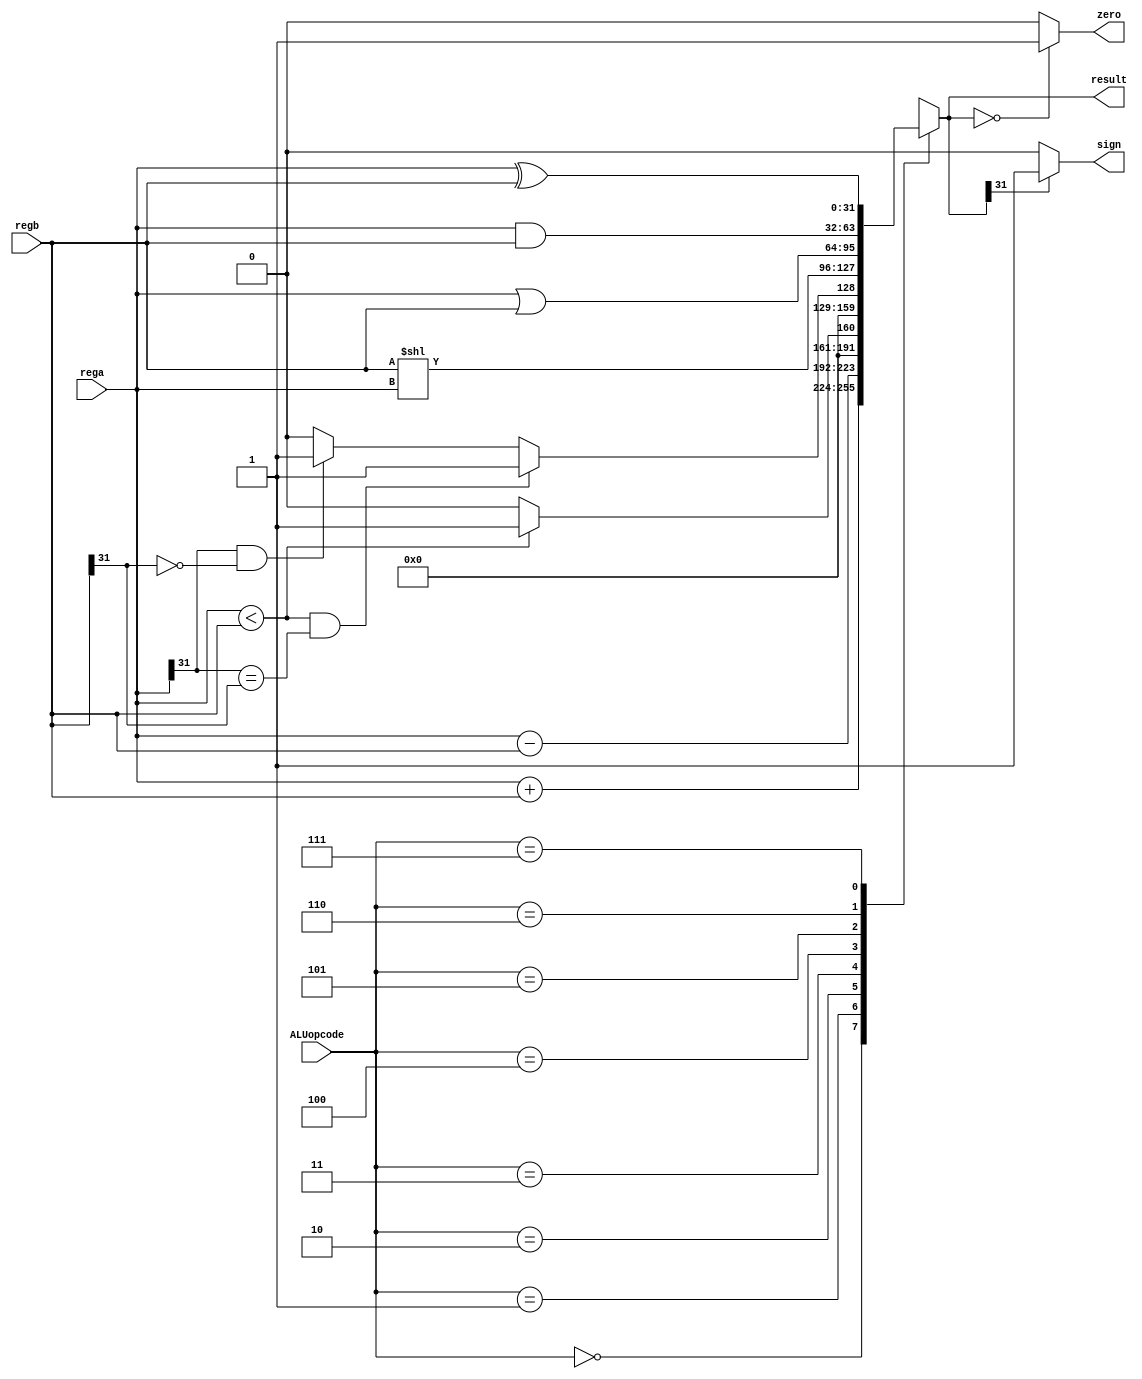
`timescale 1ns / 1ps
//////////////////////////////////////////////////////////////////////////////////
// Company: 
// Engineer: 
// 
// Design Name: 
// Module Name: ALU
// Project Name: 
// Target Devices: 
// Tool Versions: 
// Description: 
// 
// Dependencies: 
// 
// Revision:
// Revision 0.01 - File Created
// Additional Comments:
// 
//////////////////////////////////////////////////////////////////////////////////


module ALU(
	input [2:0] ALUopcode, 
	input [31:0] rega, 
	input [31:0] regb,
	output reg [31:0] result, 
	output zero,
	output sign 
	);
	assign zero = (result == 0) ? 1 : 0;
	assign sign = (result[31] == 1) ? 1 : 0;

	always @( ALUopcode or rega or regb) begin 
		case (ALUopcode) 
			3'b000 : result = rega + regb;       
			3'b001 : result = rega - regb;
			3'b010 : result = (rega < regb) ? 1 : 0;
			3'b011 : begin
						 if(rega < regb && (rega[31] == regb[31]))
							 result = 1; 
						 else if (rega[31] == 1 && regb[31] == 0) 
							 result = 1; 
						 else result = 0; 
					 end 
			3'b100 : result = regb << rega;
			3'b101 : result = rega | regb;
			3'b110 : result = rega & regb;
			3'b111 : result = rega ^ regb;
			default : begin 
						  result = 32'h00000000; 
						  $display (" no match");
					  end 
		endcase 
	end
	 
endmodule